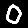
Digit: 0